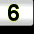
Digit: 6